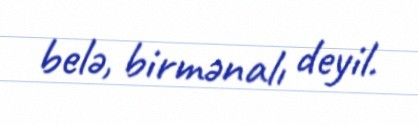
belə, birmənalı deyil.